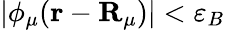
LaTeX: \vert\phi_{\mu}(\mathbf{r}-\mathbf{R}_{\mu})\vert<\varepsilon_{B}